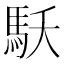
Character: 𩡻